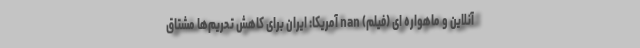
آنلاین و ماهواره ای (فیلم) nan آمریکا: ایران برای کاهش تحریم‌ها مشتاق